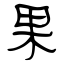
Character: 果